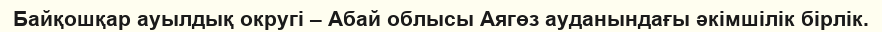
Байқошқар ауылдық округі – Абай облысы Аягөз ауданындағы әкімшілік бірлік.